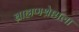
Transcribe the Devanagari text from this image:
ब्राह्मणश्रेष्ठाला